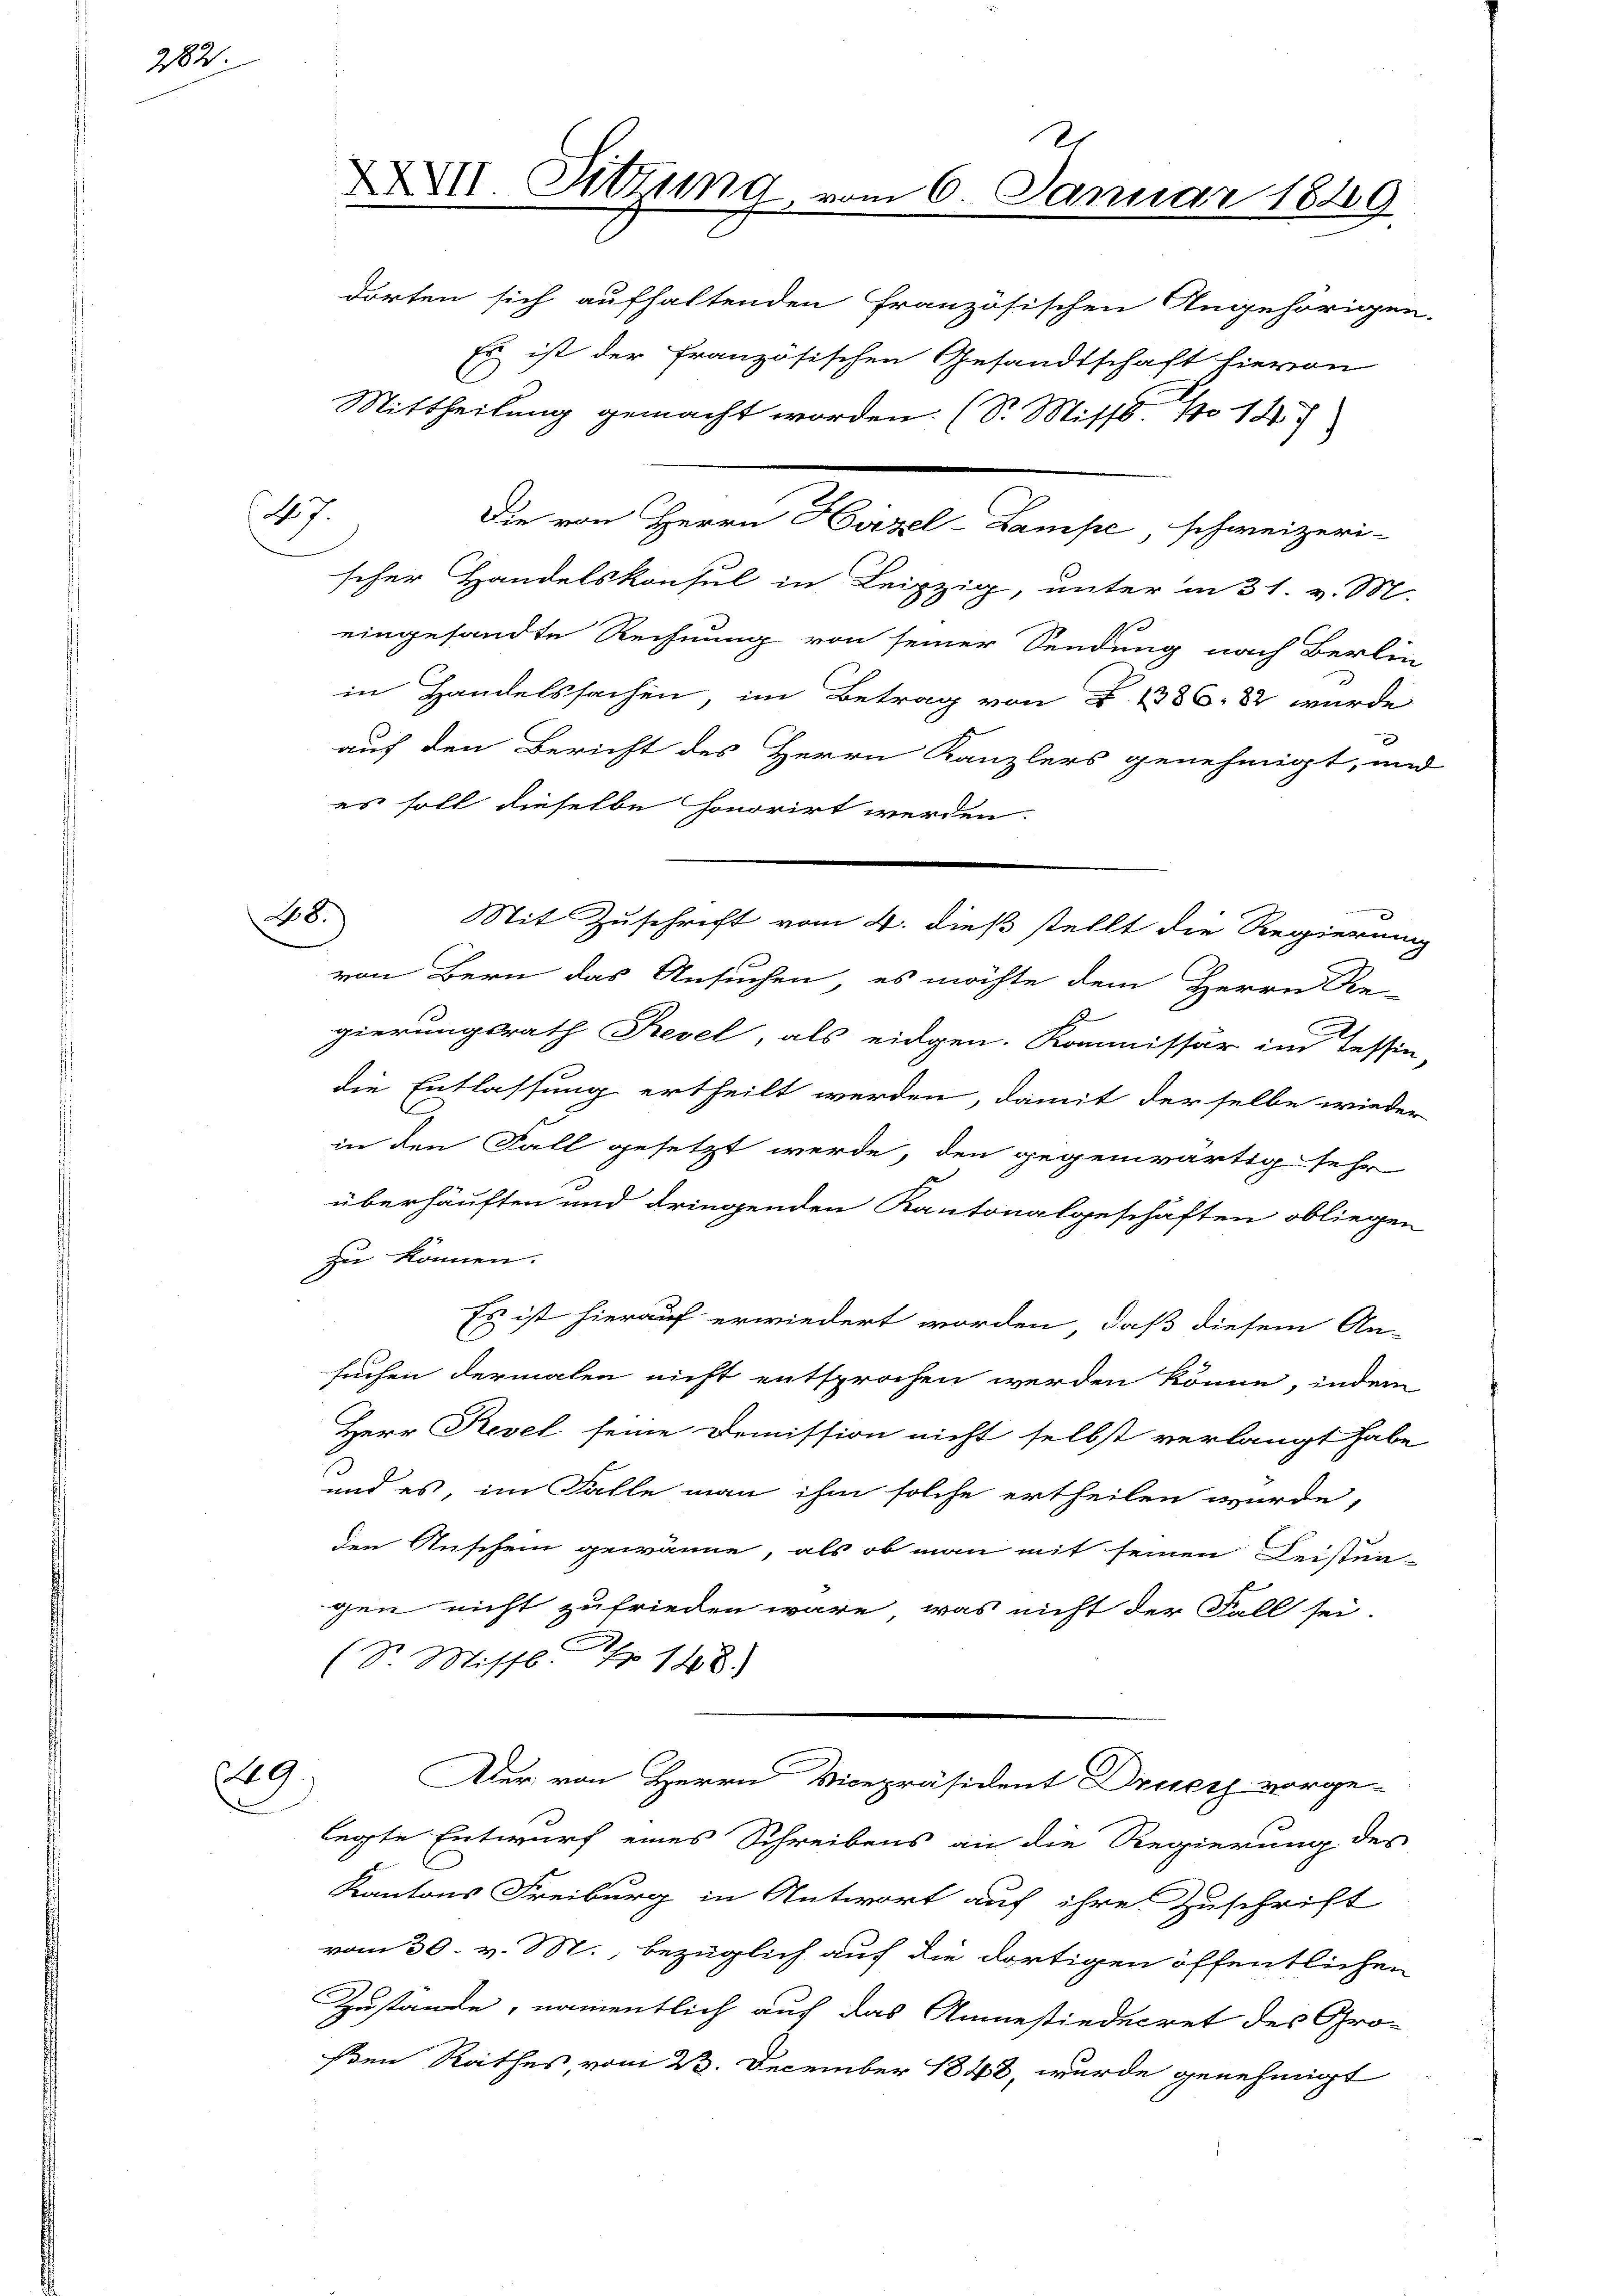
282.

7.

dorten sich aufhaltenden Französischen Angehörigen-
Es ist der französischen Gesandtschaft hievon
seher Handelskonsul in Leipzig, unter in 31. v. M.
eingesandte Rechnung von seiner Sendung nach Berlin
in Handelssachen, im Betrag von §. 1386. 82 wurde
auf den Bericht des Herrn Kanzlers genehmigt, und
es soll dieselbe honorirt werden.
Mit Zuschrift vom 4. dieß stellt die Regierung
von Bern das Ansuchen, es möchte dem Herrn Re-
E
gierungsrath Revel als eidgen. Kommissär im Tessin,
die Entlassung ertheilt werden, damit derselbe wieder
in den Fall gesetzt werde, den gegenwärtig sehr
überhäuften und dringenden Kantonalgeschäften obliegen
zu können.
Es ist hierauf erwiedert worden, daß diesem An-
C
suchen dermalen nicht entsprochen werden könne, indem
Herr Revel seine Demission nicht selbst verlangt habe
und es, im Falle man ihm solche ertheilen wurde,
den Anschein gewönne, als ob man mit seinen Leisten-
gen nicht zufrieden wäre, was nicht der Fall sei.
(Dr. Missb. Nr. 148.)
29,
Der von Herrn Vicepräsident Druck vorge-
legte Entwurf eines Schreibens an die Regierung des
Kantons Freiburg in Antwort auf ihre Zuschrift
vom 30. v. M., bezüglich auf die dortigen öffentlichen
Zustande, namentlich auf das Anmestiedecret des Großen Rathes, vom 23. December 1848, wurde genehmigt

28.

XXVII. Sitzung, u.
Mittheilung gemacht worden. (S. Missb. No 147

Die von Herrn Hirzel-Lampe, schweizeri-

m 6. Januar 1849